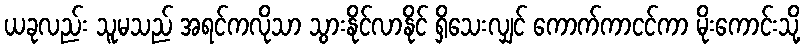
ယခုလည်း သူမသည် အရင်ကလိုသာ သွားနိုင်လာနိုင် ရှိသေးလျှင် ကောက်ကာငင်ကာ မိုးကောင်းသို့